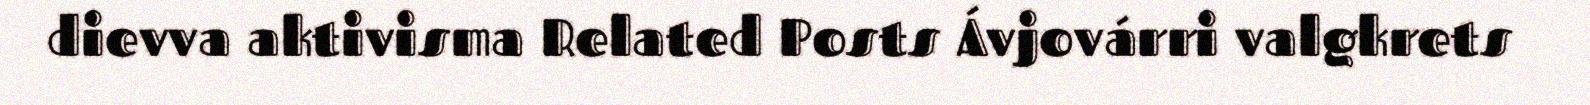
dievva aktivisma Related Posts Ávjovárri valgkrets